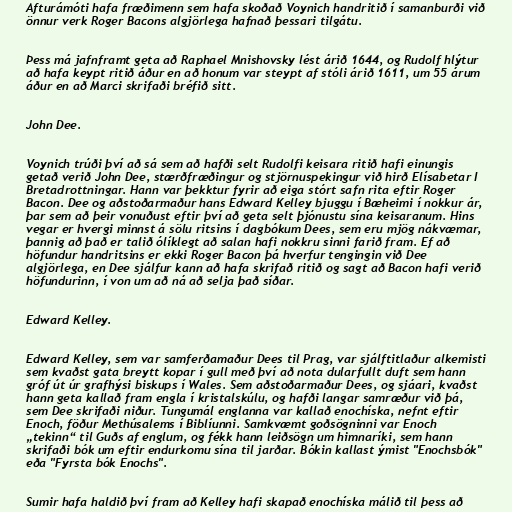
Afturámóti hafa fræðimenn sem hafa skoðað Voynich handritið í samanburði við
önnur verk Roger Bacons algjörlega hafnað þessari tilgátu.

Þess má jafnframt geta að Raphael Mnishovsky lést árið 1644, og Rudolf hlýtur
að hafa keypt ritið áður en að honum var steypt af stóli árið 1611, um 55 árum
áður en að Marci skrifaði bréfið sitt.

John Dee.

Voynich trúði því að sá sem að hafði selt Rudolfi keisara ritið hafi einungis
getað verið John Dee, stærðfræðingur og stjörnuspekingur við hirð Elísabetar I
Bretadrottningar. Hann var þekktur fyrir að eiga stórt safn rita eftir Roger
Bacon. Dee og aðstoðarmaður hans Edward Kelley bjuggu í Bæheimi í nokkur ár,
þar sem að þeir vonuðust eftir því að geta selt þjónustu sína keisaranum. Hins
vegar er hvergi minnst á sölu ritsins í dagbókum Dees, sem eru mjög nákvæmar,
þannig að það er talið ólíklegt að salan hafi nokkru sinni farið fram. Ef að
höfundur handritsins er ekki Roger Bacon þá hverfur tengingin við Dee
algjörlega, en Dee sjálfur kann að hafa skrifað ritið og sagt að Bacon hafi verið
höfundurinn, í von um að ná að selja það síðar.

Edward Kelley.

Edward Kelley, sem var samferðamaður Dees til Prag, var sjálftitlaður alkemisti
sem kvaðst gata breytt kopar í gull með því að nota dularfullt duft sem hann
gróf út úr grafhýsi biskups í Wales. Sem aðstoðarmaður Dees, og sjáari, kvaðst
hann geta kallað fram engla í kristalskúlu, og hafði langar samræður við þá,
sem Dee skrifaði niður. Tungumál englanna var kallað enochíska, nefnt eftir
Enoch, föður Methúsalems í Biblíunni. Samkvæmt goðsögninni var Enoch
„tekinn“ til Guðs af englum, og fékk hann leiðsögn um himnaríki, sem hann
skrifaði bók um eftir endurkomu sína til jarðar. Bókin kallast ýmist "Enochsbók"
eða "Fyrsta bók Enochs".

Sumir hafa haldið því fram að Kelley hafi skapað enochíska málið til þess að